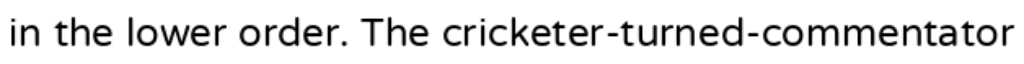
in the lower order. The cricketer-turned-commentator